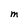
Character: M